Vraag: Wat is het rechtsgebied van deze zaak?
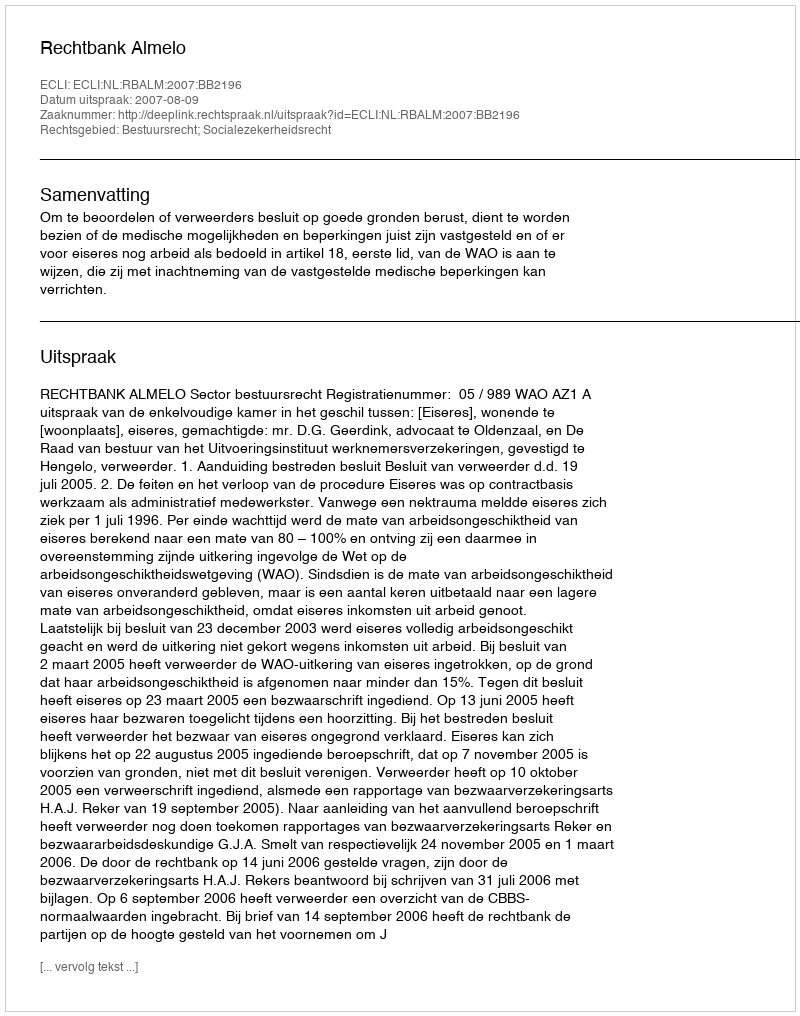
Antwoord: Bestuursrecht; Socialezekerheidsrecht